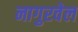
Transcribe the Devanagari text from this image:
नागुरवेल